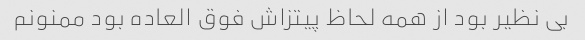
بی نظیر بود از همه لحاظ پیتزاش فوق العاده بود ممنونم